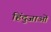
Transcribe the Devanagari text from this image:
हिंदुजाओं